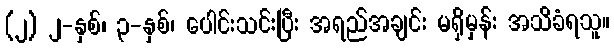
(၂) ၂-နှစ်၊ ၃-နှစ်၊ ပေါင်းသင်းပြီး အရည်အချင်း မရှိမှန်း အသိခံရသူ။